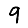
Digit: 9